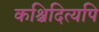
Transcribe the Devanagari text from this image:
कश्चिदित्यपि